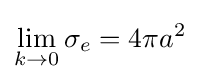
\lim _{k\to 0}\sigma _{e}=4\pi a^{2}\;